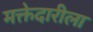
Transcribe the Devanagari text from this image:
मक्तेदारीला